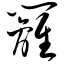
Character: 篱